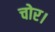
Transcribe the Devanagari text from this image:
चोर।